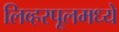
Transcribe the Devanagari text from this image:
लिव्हरपूलमध्ये